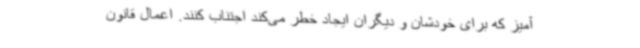
آمیز که برای خودشان و دیگران ایجاد خطر می‌کند اجتناب کنند. اعمال قانون